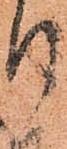
り